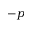
- p